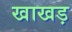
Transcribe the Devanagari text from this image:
खाखड़